Trukikaitis_Postimees, lk 5
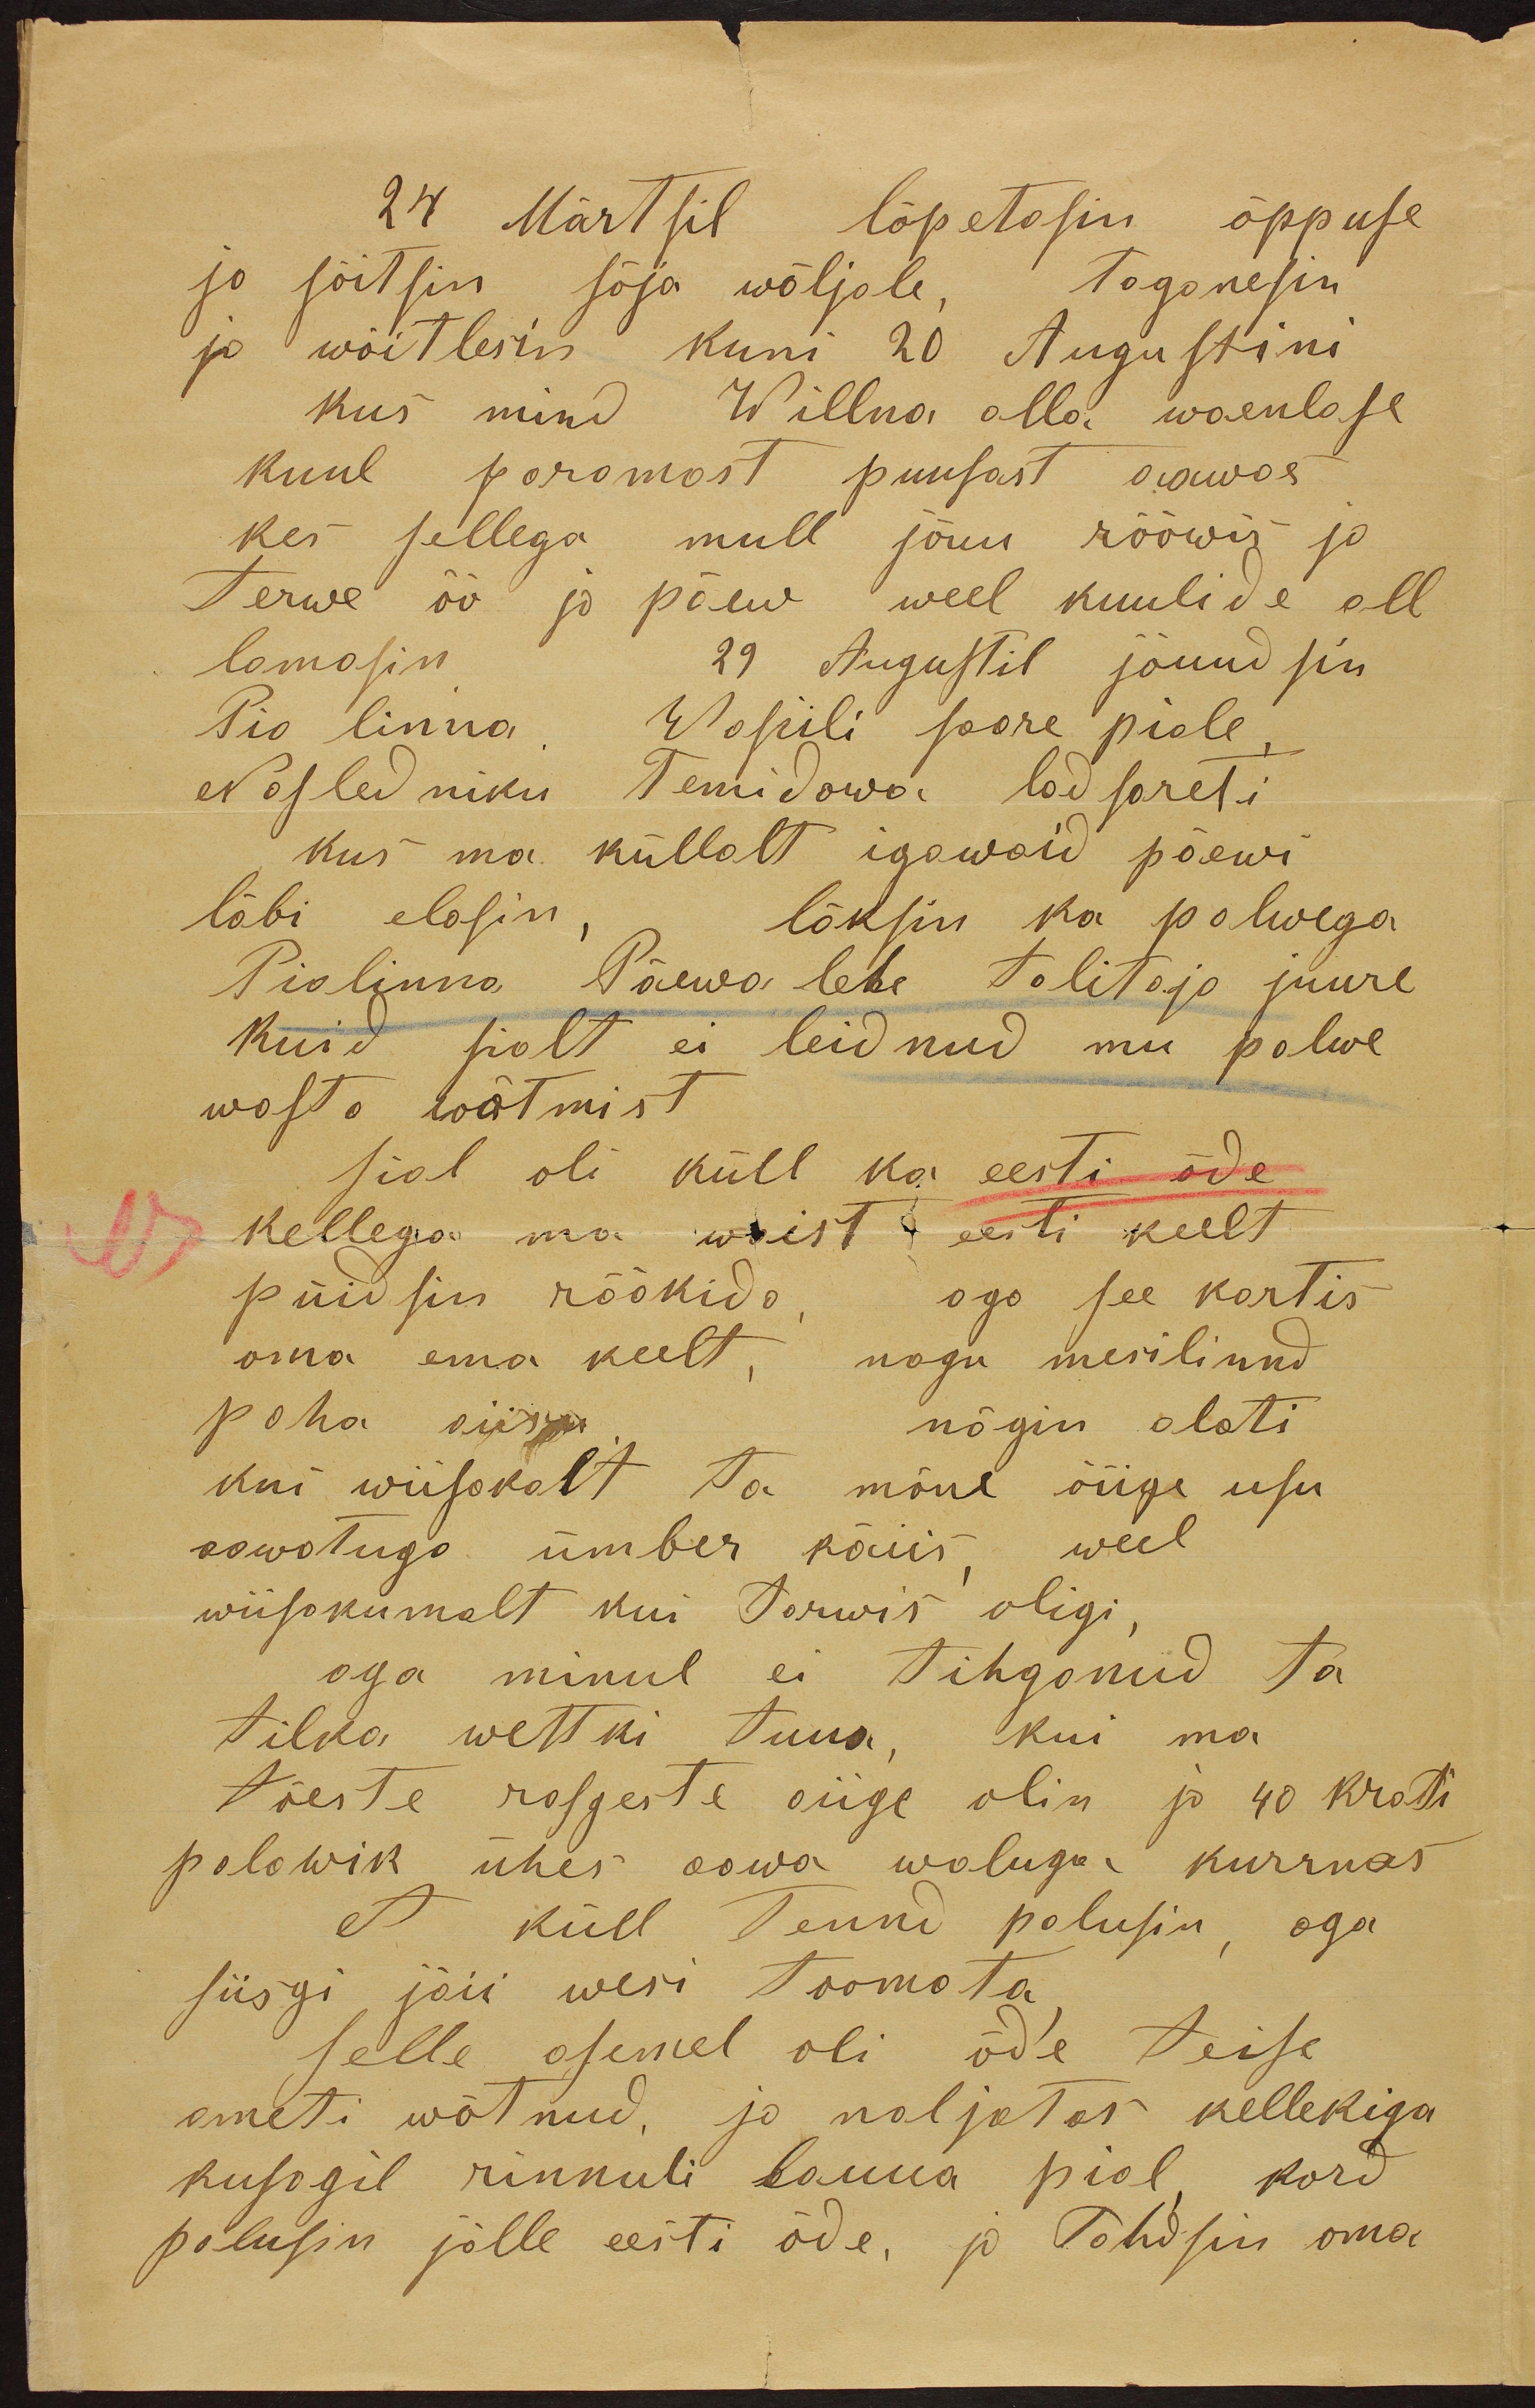
24 Märtsil lõpetasin õppuse
ja sõitsin sõja wäljale. Taganesin
ja wõitlesin kuni 20 Augustini
kus mind Willna alla waenlase
kuul paremast puusast aawas
kes sellega mull jõuu rööwis ja
Terwe öö ja päew weel kuulide all
lamasin
29 Augustil jõuudsin
Pio linna Wasiili saare piale
Nasledniku Temidowa ladsareti
kus ma küllalt igawaid päewi
läbi elasin, läksin ka palwega
Piolinna Päewa lehe talitaja juure
kuid sialt ei leidnud mu palwe
wasto wõtmist
sial oli küll ka eesti õde
kellega ma waist eesti keelt
püüdsin rääkida, aga see kartis
oma ema keelt, nagu merilinnd
paha aiisu
nägin alati
kui wiisakalt ta mõne õiige usu
aawatuga ümber käiis weel
wiisakumalt kui tarwis oligi
aga minul ei tihganud ta
tilka wettki tuua, kui ma
tõeste rasgeste aiige olin ja 40 krati
palawik ühes aawa waluga kurnas
et küll tenud palusin, aga
siisgi jäii wesi toomata
selle asemel oli õde teise
ameti wõtnud, ja naljatas kellekiga
kusagil rinnuli lauua pial kord
palusin jälle eesti õde, ja Tohdsin oma